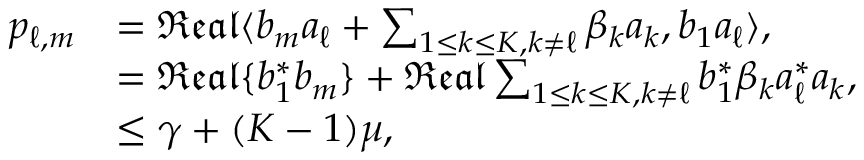
\begin{array} { r l } { p _ { \ell , m } } & { = \mathfrak { R e a l } \langle b _ { m } \ensuremath { \boldsymbol { a } } _ { \ell } + \sum _ { 1 \leq k \leq K , k \neq \ell } \beta _ { k } \ensuremath { \boldsymbol { a } } _ { k } , b _ { 1 } \ensuremath { \boldsymbol { a } } _ { \ell } \rangle , } \\ & { = \mathfrak { R e a l } \{ b _ { 1 } ^ { * } b _ { m } \} + \mathfrak { R e a l } \sum _ { 1 \leq k \leq K , k \neq \ell } b _ { 1 } ^ { * } \beta _ { k } \ensuremath { \boldsymbol { a } } _ { \ell } ^ { * } \ensuremath { \boldsymbol { a } } _ { k } , } \\ & { \leq \gamma + ( K - 1 ) \mu , } \end{array}